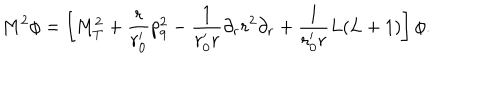
LaTeX: M ^ { 2 } \phi = \left[ M _ { T } ^ { 2 } + \frac { r } { r _ { 0 } ^ { \prime } } p _ { 9 } ^ { 2 } - \frac { 1 } { r _ { 0 } ^ { \prime } r } \partial _ { r } r ^ { 2 } \partial _ { r } + \frac { 1 } { r _ { 0 } ^ { \prime } r } L ( L + 1 ) \right] \phi .